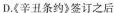
D.《辛丑条约》签订之后